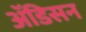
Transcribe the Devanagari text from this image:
ॲडिसन